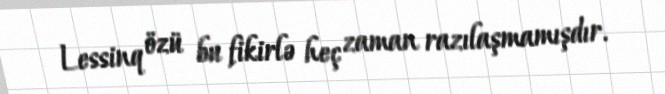
Lessinq özü bu fikirlə heç zaman razılaşmamışdır.